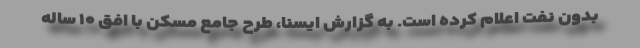
بدون نفت اعلام کرده است. به گزارش ایسنا، طرح جامع مسکن با افق ۱۰ ساله